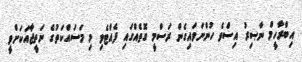
އިބްރާހީމް ނާޞިރު އިސްވެ ހުންނަވައިގެން ރަސްމީ ގޮތެއްގައި ފެއްޓެވި މި މަސައްކަތުގެ ނަތީޖާއަކަށްވީ